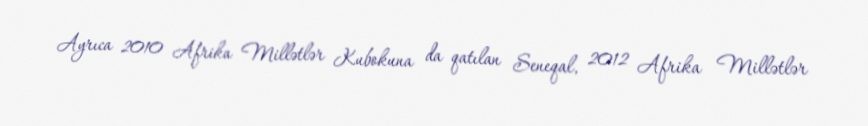
Ayrıca 2010 Afrika Millətlər Kubokuna da qatılan Seneqal, 2012 Afrika Millətlər